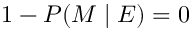
1 - P ( M \mid E ) = 0